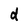
Character: d